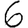
Digit: 6